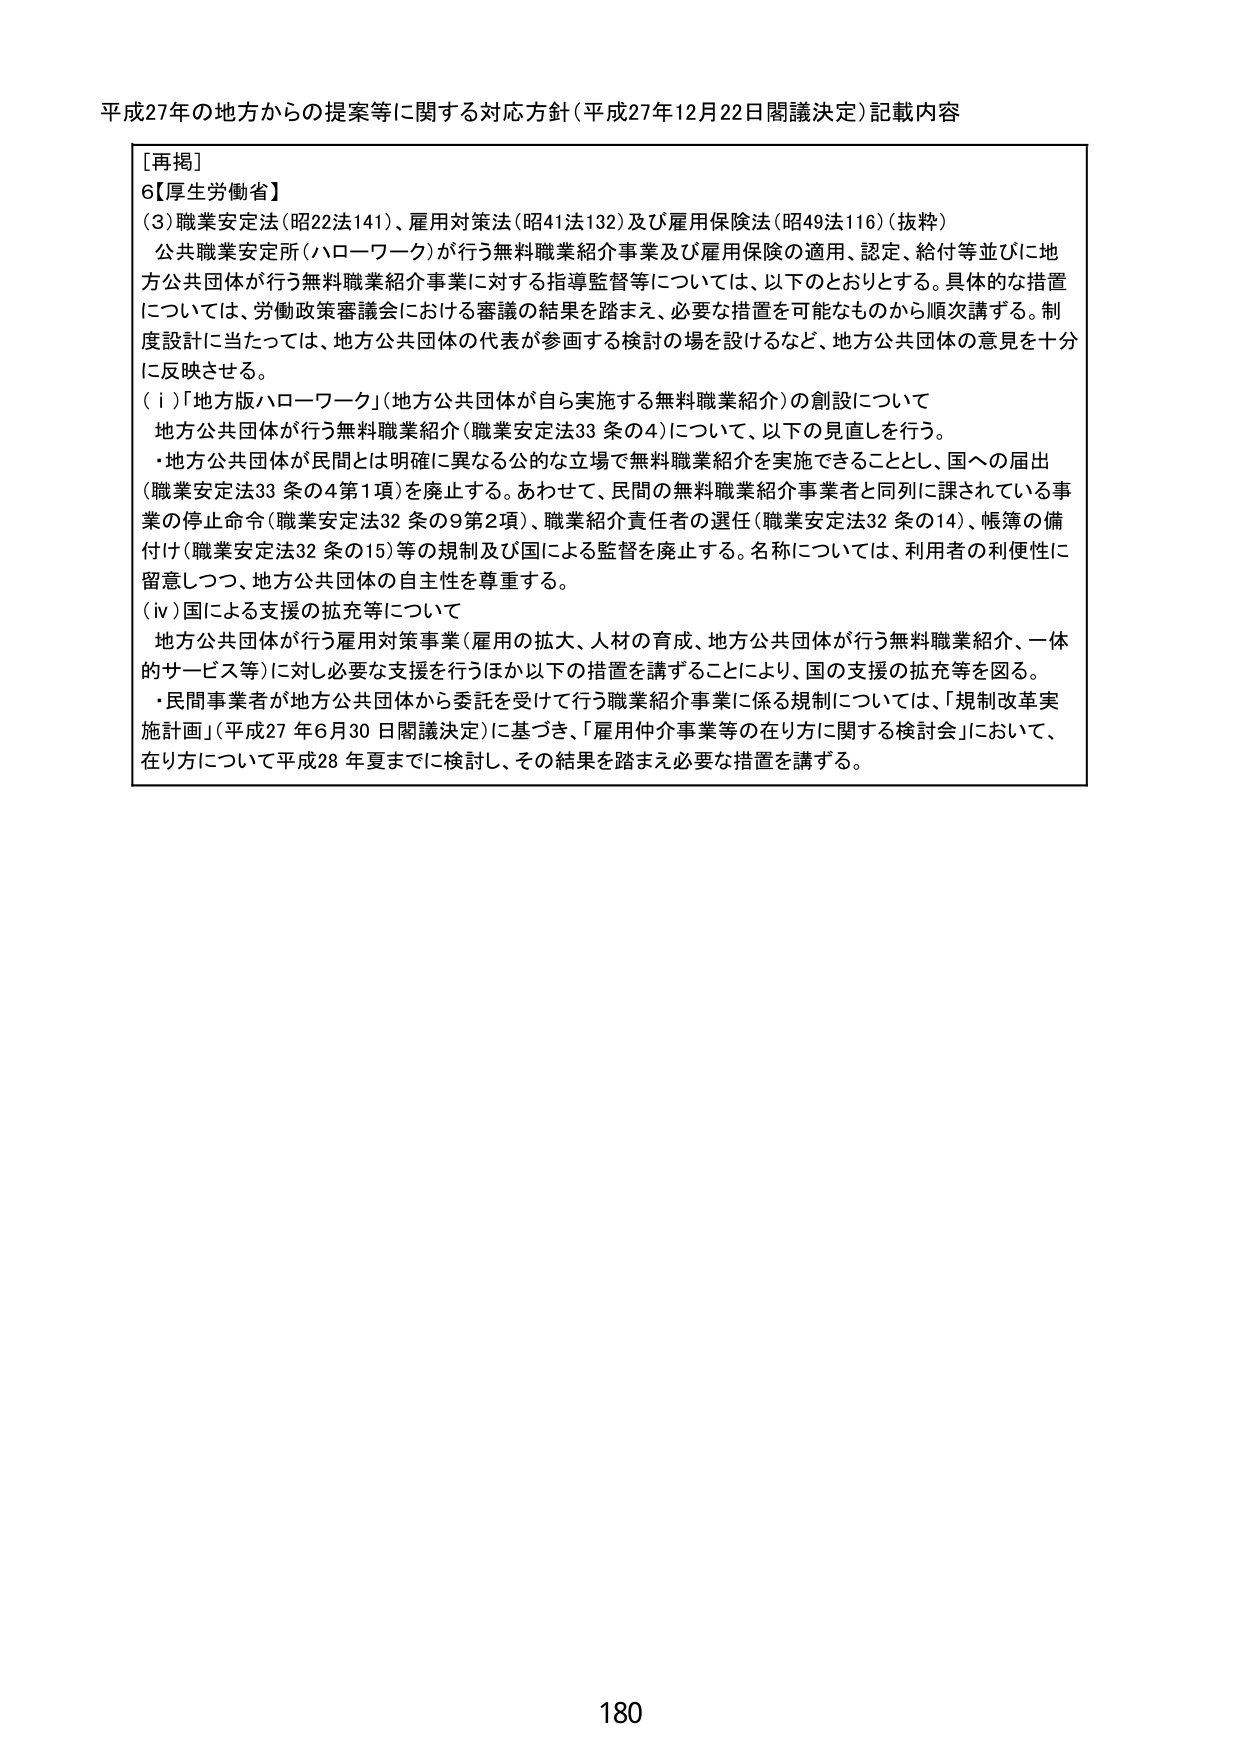
平成27年の地方からの提案等に関する対応方針（平成27年12月22日閣議決定）記載内容

［再掲］
6【厚生労働省】
（3）職業安定法（昭22法141）、雇用対策法（昭41法132）及び雇用保険法（昭49法116）（抜粋）
公共職業安定所（ハローワーク）が行う無料職業紹介事業及び雇用保険の適用、認定、給付等並びに地方公共団体が行う無料職業紹介事業に対する指導監督等については、以下のとおりとする。具体的な措置については、労働政策審議会における審議の結果を踏まえ、必要な措置を可能なものから順次講ずる。制度設計に当たっては、地方公共団体の代表が参画する検討の場を設けるなど、地方公共団体の意見を十分に反映させる。

（ⅰ）「地方版ハローワーク」（地方公共団体が自ら実施する無料職業紹介）の創設について
地方公共団体が行う無料職業紹介（職業安定法33条の4）について、以下の見直しを行う。
・地方公共団体が民間とは明確に異なる公的な立場で無料職業紹介を実施できることとし、国への届出（職業安定法33条の4第1項）を廃止する。あわせて、民間の無料職業紹介事業者と同列に課されている事業の停止命令（職業安定法32条の9第2項）、職業紹介責任者の選任（職業安定法32条の14）、帳簿の備付け（職業安定法32条の15）等の規制及び国による監督を廃止する。名称については、利用者の利便性に留意しつつ、地方公共団体の自主性を尊重する。

（ⅳ）国による支援の拡充等について
地方公共団体が行う雇用対策事業（雇用の拡大、人材の育成、地方公共団体が行う無料職業紹介、一体的サービス等）に対し必要な支援を行うほか以下の措置を講ずることにより、国の支援の拡充等を図る。
・民間事業者が地方公共団体から委託を受けて行う職業紹介事業に係る規制については、「規制改革実施計画」（平成27年6月30日閣議決定）に基づき、「雇用仲介事業等の在り方に関する検討会」において、在り方について平成28年夏までに検討し、その結果を踏まえ必要な措置を講ずる。

180